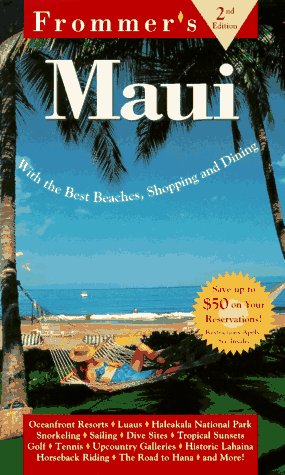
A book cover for Frommer's Maui (2nd Ed); Lisa Legarde; Travel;